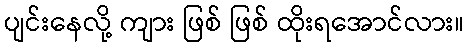
ပျင်းနေလို့ ကျား ဖြစ် ဖြစ် ထိုးရအောင်လား။